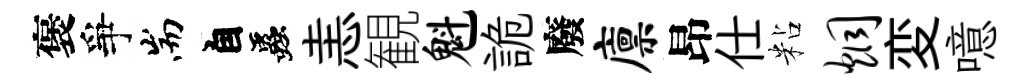
褒爭耑自蟲恚観魁詭廢廪昂仕粘炯変噫